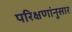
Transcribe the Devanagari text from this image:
परिक्षणांनुसार